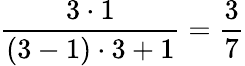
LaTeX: \frac{3\cdot 1}{(3-1)\cdot 3+1}=\frac{3}{7}